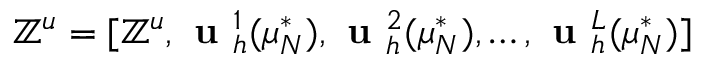
\mathbb { Z } ^ { u } = [ \mathbb { Z } ^ { u } , \textbf { u } _ { h } ^ { 1 } ( \mu _ { N } ^ { * } ) , \textbf { u } _ { h } ^ { 2 } ( \mu _ { N } ^ { * } ) , \dots , \textbf { u } _ { h } ^ { L } ( \mu _ { N } ^ { * } ) ]